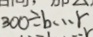
3 0 0 \div b \cdots r